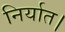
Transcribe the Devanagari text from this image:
निर्यात।